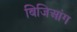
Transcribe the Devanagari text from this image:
बिजिआंग